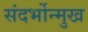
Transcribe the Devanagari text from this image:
संदर्भोन्मुख